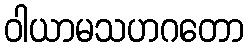
ဝါယာမသဟဂတော